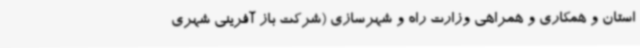
استان و همکاری و همراهی وزارت راه و شهرسازی (شرکت باز آفرینی شهری